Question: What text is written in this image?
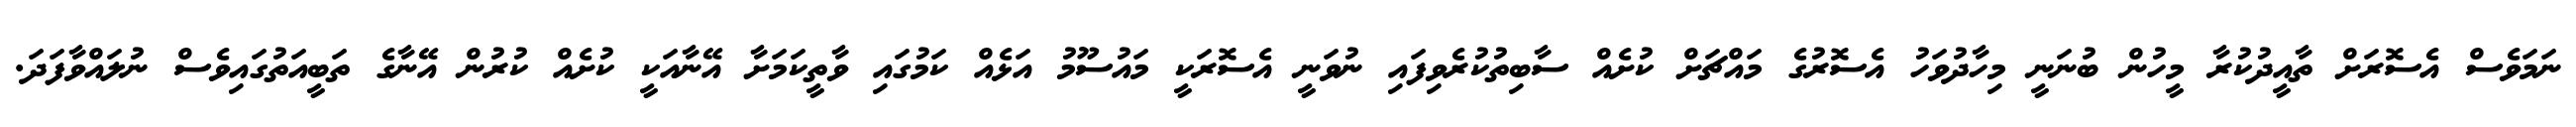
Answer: ނަމަވެސް އެސޮރަށް ތާއީދުކުރާ މީހުން ބުނަނީ މިހާދުވަހު އެސޮރުގެ މައްޗަށް ކުށެއް ސާބިތުކުރެވިފައި ނުވަނީ އެސޮރަކީ މައުސޫމު އަޅެއް ކަމުގައި ވާތީކަމަށާ އޭނާއަކީ ކުށެއް ކުރުން އޭނާގެ ތަބީއަތުގައިވެސް ނުލައްވާފަދަ.